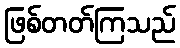
ဖြစ်တတ်ကြသည်